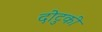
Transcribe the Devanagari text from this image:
दोटुकी